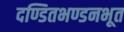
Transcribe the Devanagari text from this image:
दण्डितभण्डनभूत